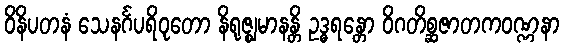
ဝိနိပတနံ သေနင်္ဂပရိဝုတော နိရုဇ္ဈမာနန္တိ ဥဒ္ဓရန္တော ဝိဂတိစ္ဆဇာတကဝဏ္ဏနာ